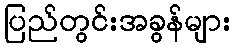
ပြည်တွင်းအခွန်များ